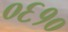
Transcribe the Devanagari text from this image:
०६१०